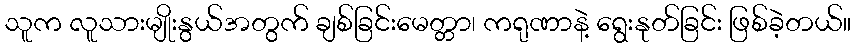
သူက လူသားမျိုးနွယ်အတွက် ချစ်ခြင်းမေတ္တာ၊ ကရုဏာနဲ့ ရွေးနုတ်ခြင်း ဖြစ်ခဲ့တယ်။